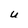
Character: u